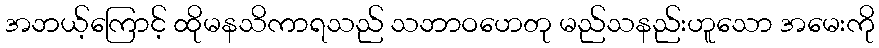
အဘယ့်ကြောင့် ထိုမနသိကာရသည် သဘာဝဟေတု မည်သနည်းဟူသော အမေးကို